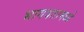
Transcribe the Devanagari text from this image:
भागवतामध्ये